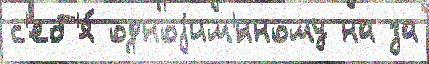
с'еб'я́ одноjим'́нному на за